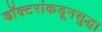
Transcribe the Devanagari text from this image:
डॉक्टरांकडूनसुद्धा